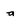
Character: a